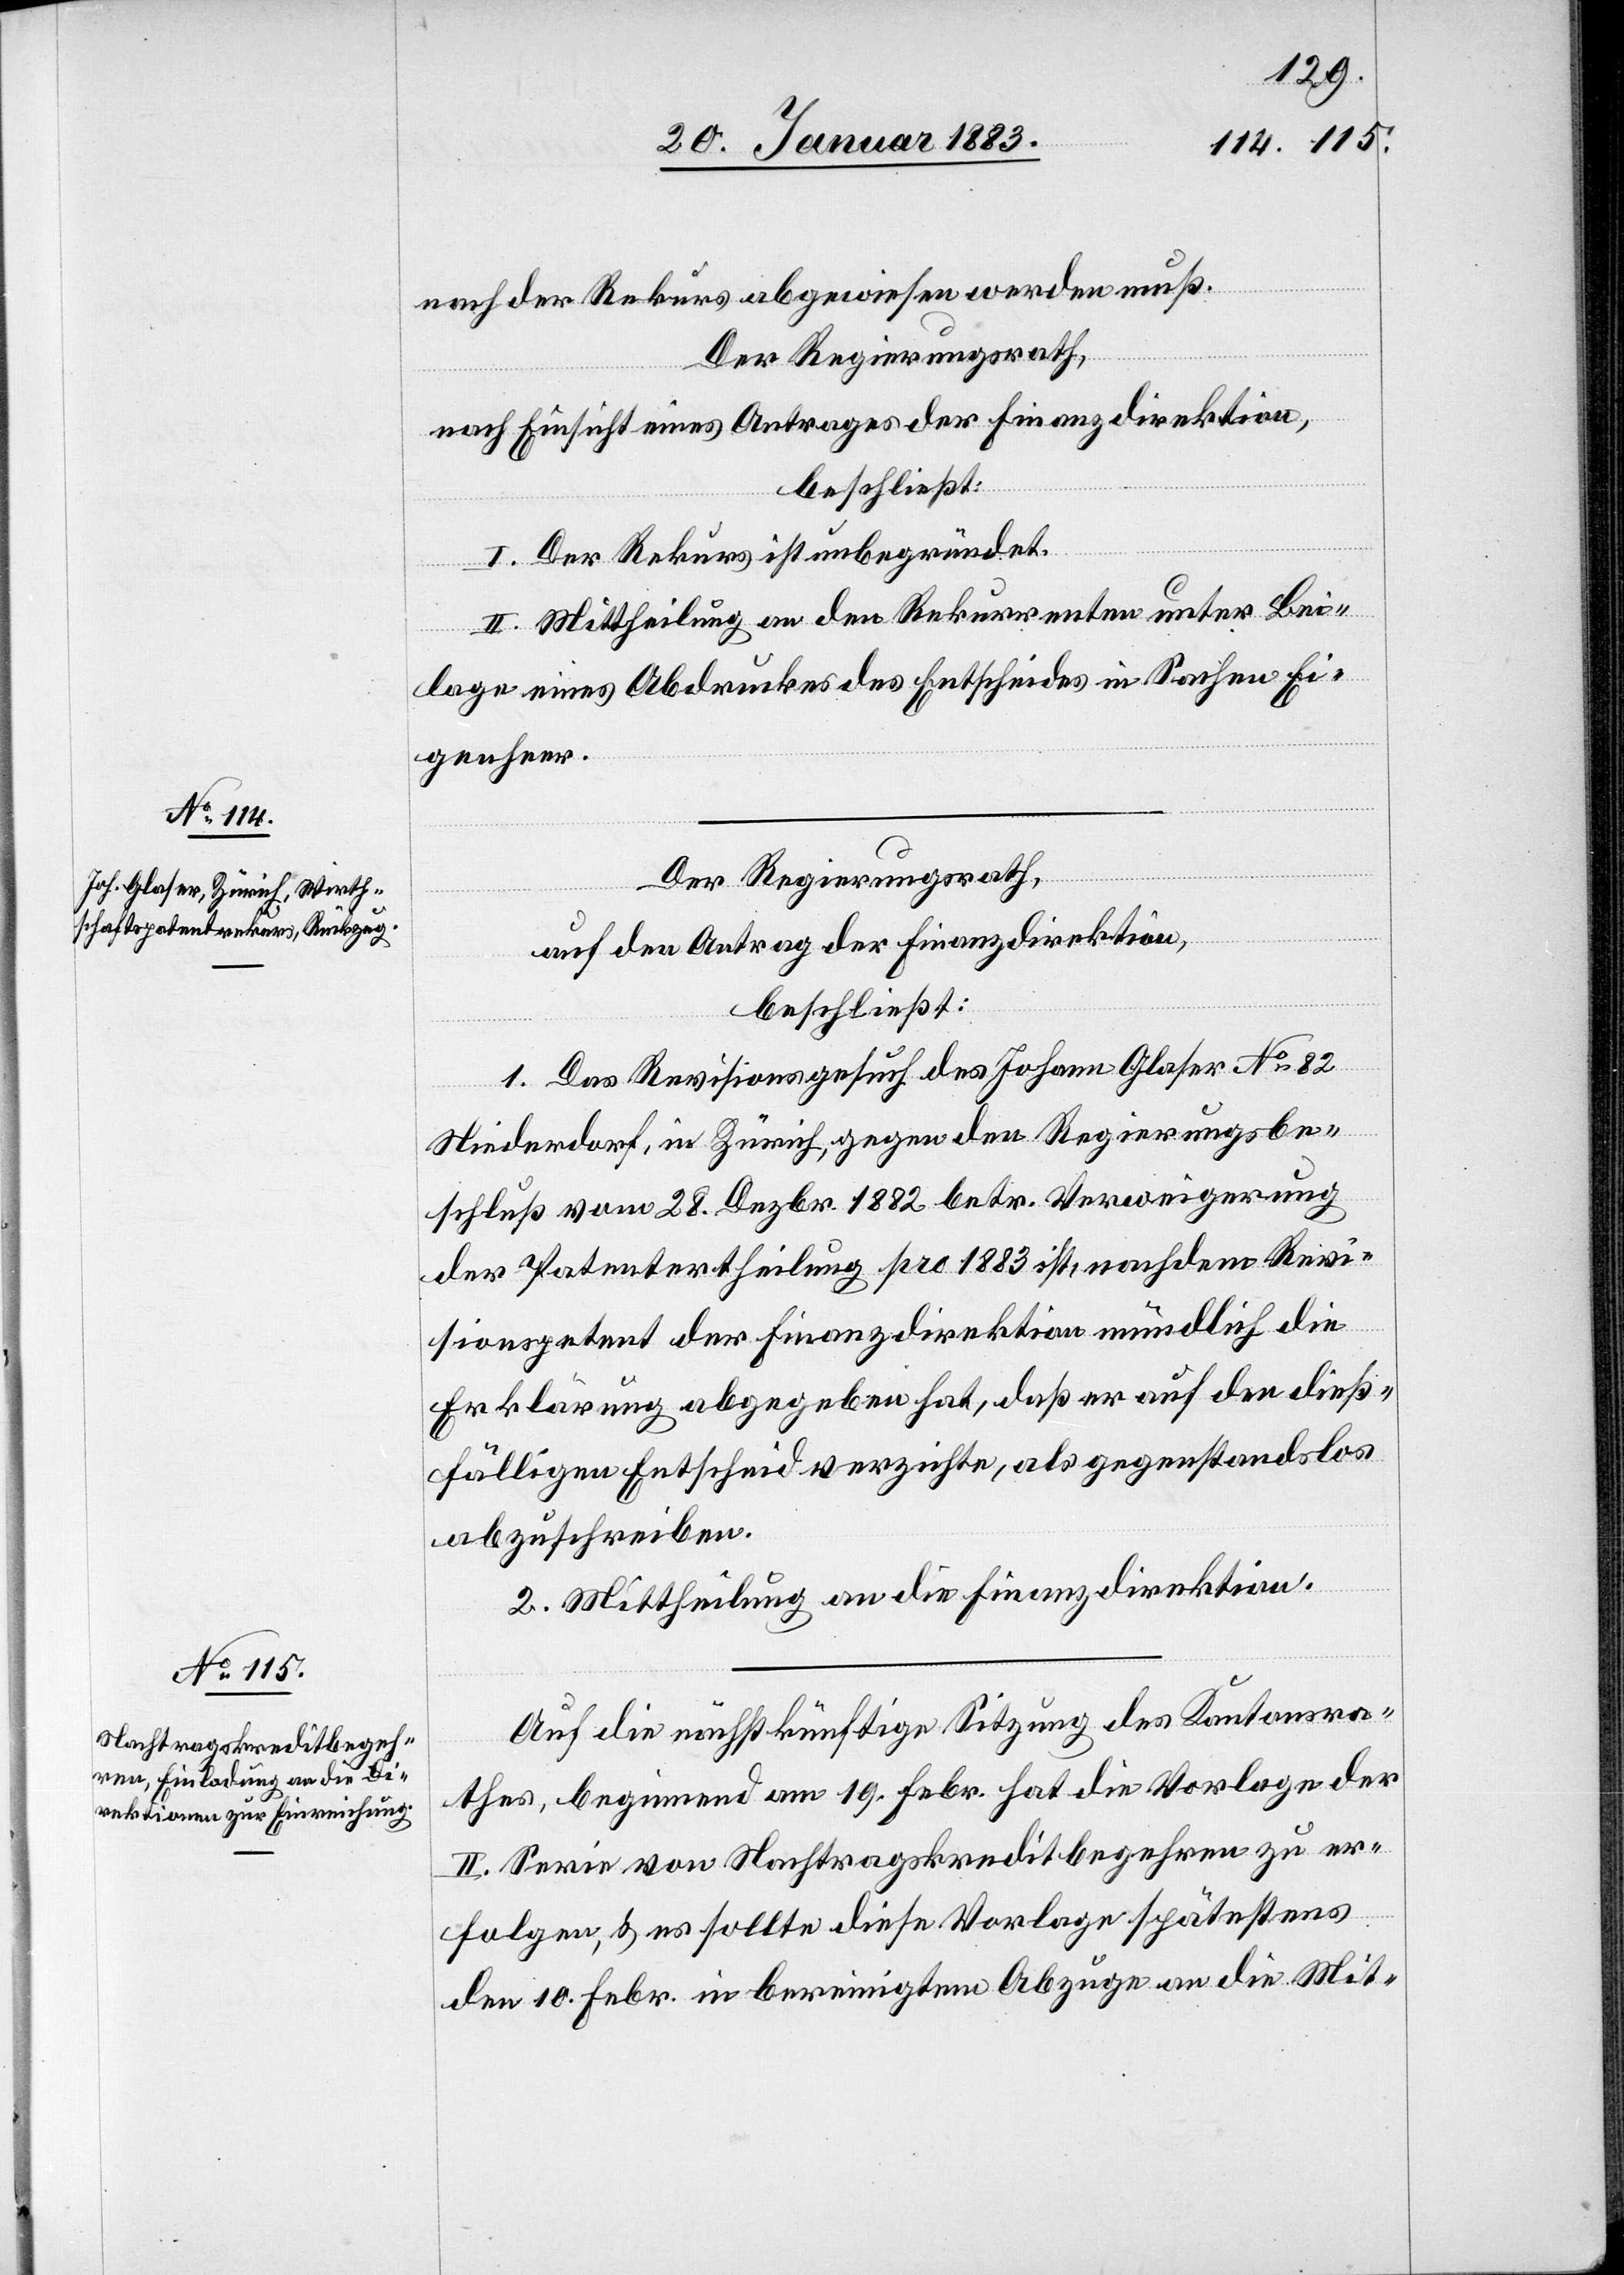
nach der Rekurs abgewiesen werden muß.
Der Regierungsrath,
nach Einsicht eines Antrages der Finanzdirektion,
beschließt:
I. Der Rekurs ist unbegründet.
II. Mittheilung an den Rekurrenten unter Bei¬
lage eines Abdruckes des Entscheides in Sachen Ei¬
genheer.
Der Regierungsrath,
auf den Antrag der Finanzdirektion,
beschließt:
1. Das Revisionsgesuch des Johann Glaser No 82
Niederdorf, in Zürich, gegen den Regierungsbe¬
schluß vom 28. Dezbr. 1882 betr. Verweigerung
der Patentertheilung pro 1883 ist, nachdem Revi¬
sionspetent der Finanzdirektion mündlich die
Erklärung abgegeben hat, daß er auf den dieß¬
fälligen Entscheid verzichte, als gegenstandslos
abzuschreiben.
2. Mittheilung an die Finanzdirektion.
Auf die nächstkünftige Sitzung des Kantonsra¬
thes, beginnend am 19. Febr. hat die Vorlage der
II. Serie von Nachtragskreditbegehren zu er¬
folgen, & es sollte diese Vorlage spätestens
den 10. Febr. in bereinigtem Abzuge an die Mit-